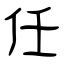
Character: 任